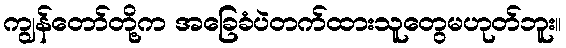
ကျွန်တော်တို့က အခြေခံပဲတက်ထားသူတွေမဟုတ်ဘူး။